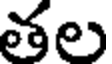
తల